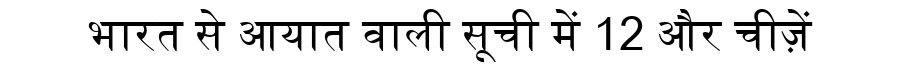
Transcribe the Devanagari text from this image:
भारत से आयात वाली सूची में 12 और चीज़ें